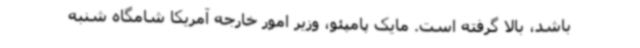
باشد، بالا گرفته است. مایک پامپئو، وزیر امور خارجه آمریکا شامگاه شنبه